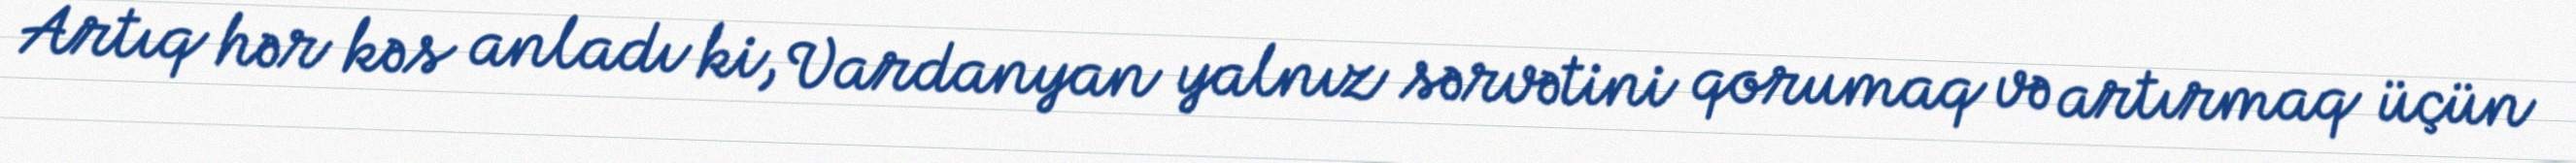
Artıq hər kəs anladı ki, Vardanyan yalnız sərvətini qorumaq və artırmaq üçün